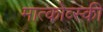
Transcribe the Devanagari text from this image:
मात्कोव्स्की